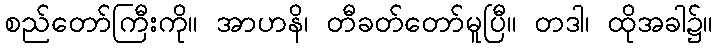
စည်တော်ကြီးကို။ အာဟနိ၊ တီခတ်တော်မူပြီ။ တဒါ၊ ထိုအခါ၌။